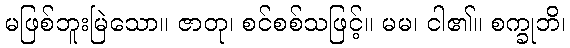
မဖြစ်ဘူးမြဲသော။ ဇာတု၊ စင်စစ်သဖြင့်။ မမ၊ ငါ၏။ စက္ခုဘိ၊